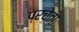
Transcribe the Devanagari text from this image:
प्रचेताः